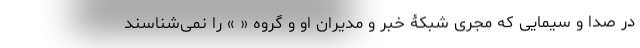
در صدا و سیمایی که مجری شبکۀ خبر و مدیران او و گروه « » را نمی‌شناسند